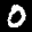
Label: 0